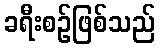
ခရီးစဉ်ဖြစ်သည်